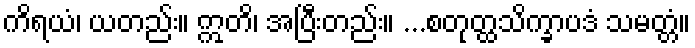
ကိရယံ၊ ယတည်း။ ဣတိ၊ အပြီးတည်း။ ...စတုတ္ထသိက္ခာပဒံ သမတ္တံ။